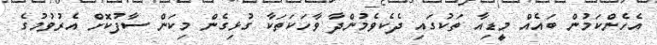
އެހެންކަމުން ބައެއް މީޑިއާ ތަކުގައި ދެކެވެމުންދާ ވާހަކަތަކާ ގުޅިގެން މިކަން ސާފުކޮށް އެރުވުމުގެ